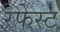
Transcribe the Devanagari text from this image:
रफेस्ट